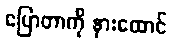
ပြောတာကို နားထောင်